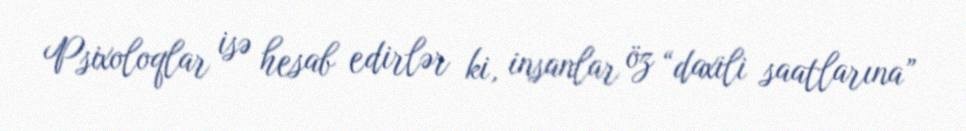
Psixoloqlar isə hesab edirlər ki, insanlar öz “daxili saatlarına”